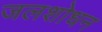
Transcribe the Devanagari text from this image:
जलशोधन